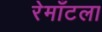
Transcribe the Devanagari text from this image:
रेमाँटला